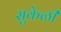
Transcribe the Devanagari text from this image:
सुकेळी